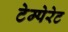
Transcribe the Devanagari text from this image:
टेम्पेरेट